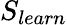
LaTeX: S_{learn}